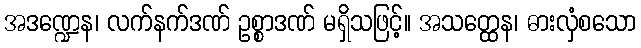
အဒဏ္ဍေန၊ လက်နက်ဒဏ် ဥစ္စာဒဏ် မရှိသဖြင့်။ အသတ္ထေန၊ ဓားလှံစသော